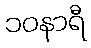
၁၀နာရီ